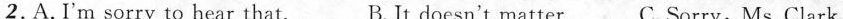
2.A.I'm sorry to hear that. B.It doesn't matter. C.Sorry, Ms. Clark.